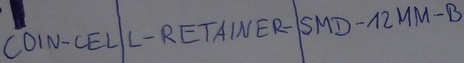
Text: COIN-CELL-RETAINER-SMD-12MM-B